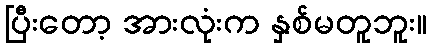
ပြီးတော့ အားလုံးက နှစ်မတူဘူး။